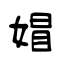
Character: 媢